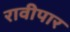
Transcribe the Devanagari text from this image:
रावीपार